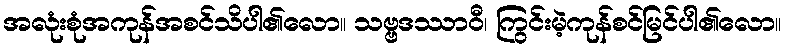
အလုံးစုံအကုန်အစင်သိပါ၏လော။ သဗ္ဗဒဿာဝီ၊ ကြွင်းမဲ့ကုန်စင်မြင်ပါ၏လော။